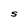
Character: S